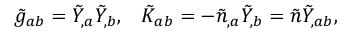
\tilde { g } _ { a b } = \tilde { Y } _ { , a } \tilde { Y } _ { , b } , \; \; \; \tilde { K } _ { a b } = - \tilde { n } _ { , a } \tilde { Y } _ { , b } = \tilde { n } \tilde { Y } _ { , a b } ,